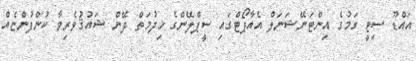
އައްޑޫ ސިޓީ ގަމުގެ އިންޓަނޭޝަނަލް އެއާޕޯޓްގައި ސީޕްލޭންގެ ޚިދުމަތް ދޭން ޝައުޤުވެރިވާ ކުންފުންޏެއް